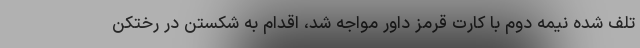
تلف شده نیمه دوم با کارت قرمز داور مواجه شد، اقدام به شکستن در رختکن